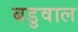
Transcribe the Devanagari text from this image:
बडुवाल